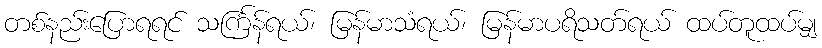
တစ်နည်းပြောရရင် သင်္ကြန်ရယ်၊ မြန်မာသံရယ်၊ မြန်မာပရိသတ်ရယ် ထပ်တူထပ်မျှ